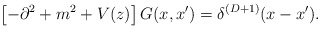
\begin{align*}\left[-\partial^2+m^2+V(z)\right]G(x,x')=\delta^{(D+1)}(x-x').\end{align*}